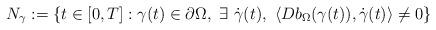
LaTeX: \begin{align*}N_\gamma:=\left\{t\in[0,T]:\gamma(t)\in\partial\Omega,\ \exists\ \dot{\gamma}(t),\ \langle Db_\Omega(\gamma(t)),\dot{\gamma}(t)\rangle\neq 0 \right\}\end{align*}